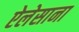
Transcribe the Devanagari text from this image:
ऐलेसाना